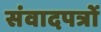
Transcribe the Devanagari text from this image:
संवादपत्रों